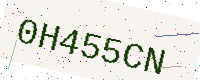
Text: 0H455CN